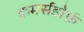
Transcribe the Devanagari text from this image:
कमर्सडोर्फ़